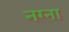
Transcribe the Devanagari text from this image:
नग्ना